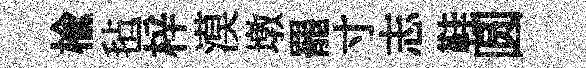
榆毡梓漠墩罷寸志鞋圆